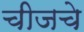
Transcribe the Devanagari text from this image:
चीजचे